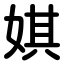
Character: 娸